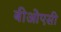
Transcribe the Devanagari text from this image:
बीओएसी